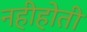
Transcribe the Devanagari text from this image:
नहीहोती